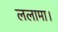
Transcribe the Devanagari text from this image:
ललामा।